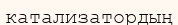
катализатордың